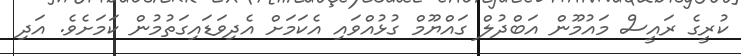
ކުރީގެ ރައީސް މައުމޫން އަބްދުލް ގައްޔޫމް ގުޅުއްވައި އެކަމަށް އެދިވަޑައިގަތުމުން ކަމަށެވެ. އަދި